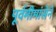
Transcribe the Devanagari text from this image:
पूर्वमीमांसेने